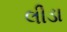
લીડા